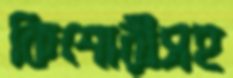
কিশোরীসহ